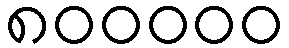
၈၀၀၀၀၀